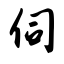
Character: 伺